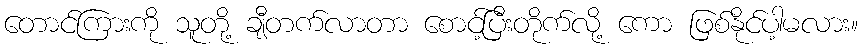
တောင်ကြားကို သူတို့ ချီတက်လာတာ စောင့်ပြီးတိုက်လို့ ကော ဖြစ်နိုင်ပါ့မလား။